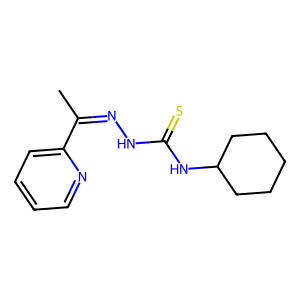
SMILES: CC(=NNC(=S)NC1CCCCC1)c1ccccn1
Inhibits HIV replication: No